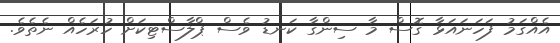
އެއްގަމު ފަހަނައަޅާ ގޮސް މާ ސިންގާ ކަނޑު ވެސް ޕްލާސްޓިކަށް ހުރަހެއް ނެތެވެ.